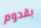
بقدوم